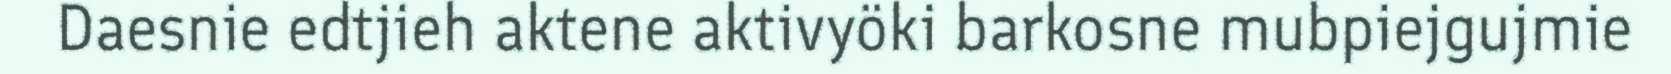
Daesnie edtjieh aktene aktivyöki barkosne mubpiejgujmie